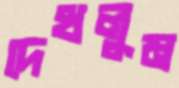
দেখলুম